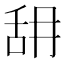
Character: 䑙